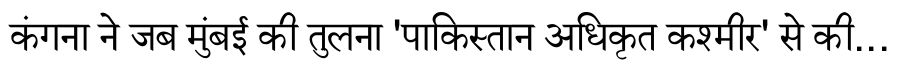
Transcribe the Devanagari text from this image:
कंगना ने जब मुंबई की तुलना 'पाकिस्तान अधिकृत कश्मीर' से की...